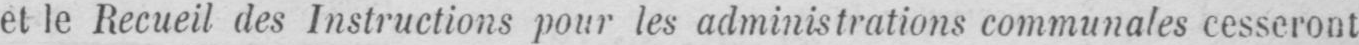
et le Recueil des Instructions pour les administrations communales cesseront